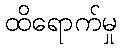
ထိရောက်မှု